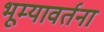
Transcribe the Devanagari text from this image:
भूम्यावर्तना